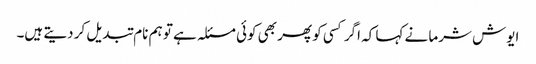
ایوش شرما نے کہا کہ اگر کسی کو پھر بھی کوئی مسئلہ ہے تو ہم نام تبدیل کر دیتے ہیں۔